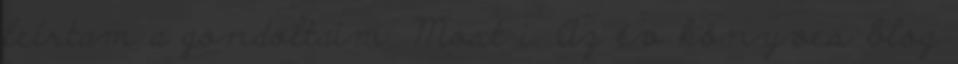
leírtam a gondoltaim. Most i. Az év könyves blog